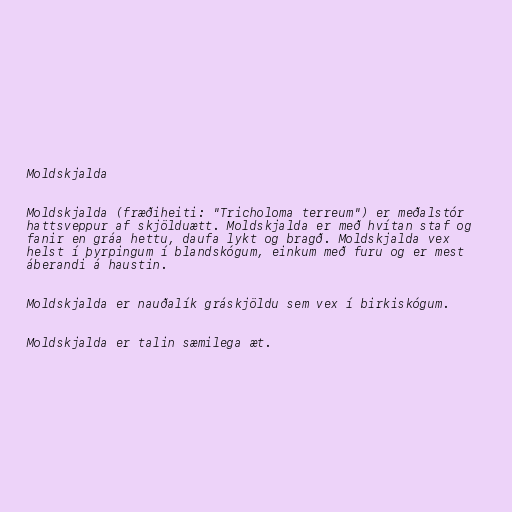
Moldskjalda

Moldskjalda (fræðiheiti: "Tricholoma terreum") er meðalstór
hattsveppur af skjölduætt. Moldskjalda er með hvítan staf og
fanir en gráa hettu, daufa lykt og bragð. Moldskjalda vex
helst í þyrpingum í blandskógum, einkum með furu og er mest
áberandi á haustin.

Moldskjalda er nauðalík gráskjöldu sem vex í birkiskógum.

Moldskjalda er talin sæmilega æt.